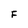
Character: F